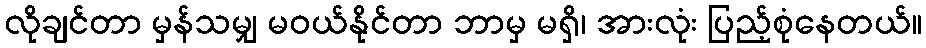
လိုချင်တာ မှန်သမျှ မဝယ်နိုင်တာ ဘာမှ မရှိ၊ အားလုံး ပြည့်စုံနေတယ်။